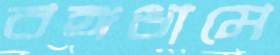
বঙ্গধামে